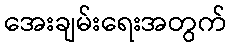
အေးချမ်းရေးအတွက်